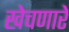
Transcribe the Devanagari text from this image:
खेचणारे